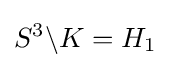
S^{3}\backslash K=H_{1}